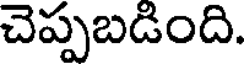
చెప్పబడింది.